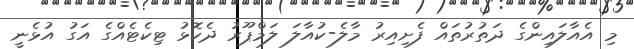
މި އެއާލައިންގެ ދަތުރުތައް ފެށިއިރު މާލެ-ކުއާލަ ލަމްޕޫރު ދެކޮޅު ޓިކެޓެއްގެ އަގު އުޅެނީ